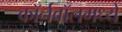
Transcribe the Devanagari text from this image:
कॉर्नवॉलमध्ये